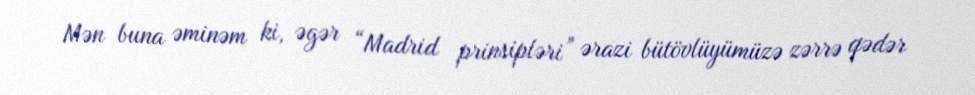
Mən buna əminəm ki, əgər “Madrid prinsipləri” ərazi bütövlüyümüzə zərrə qədər